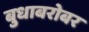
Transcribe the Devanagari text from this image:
बुधाबरोबर